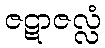
ဇဋာဇလ္လံ